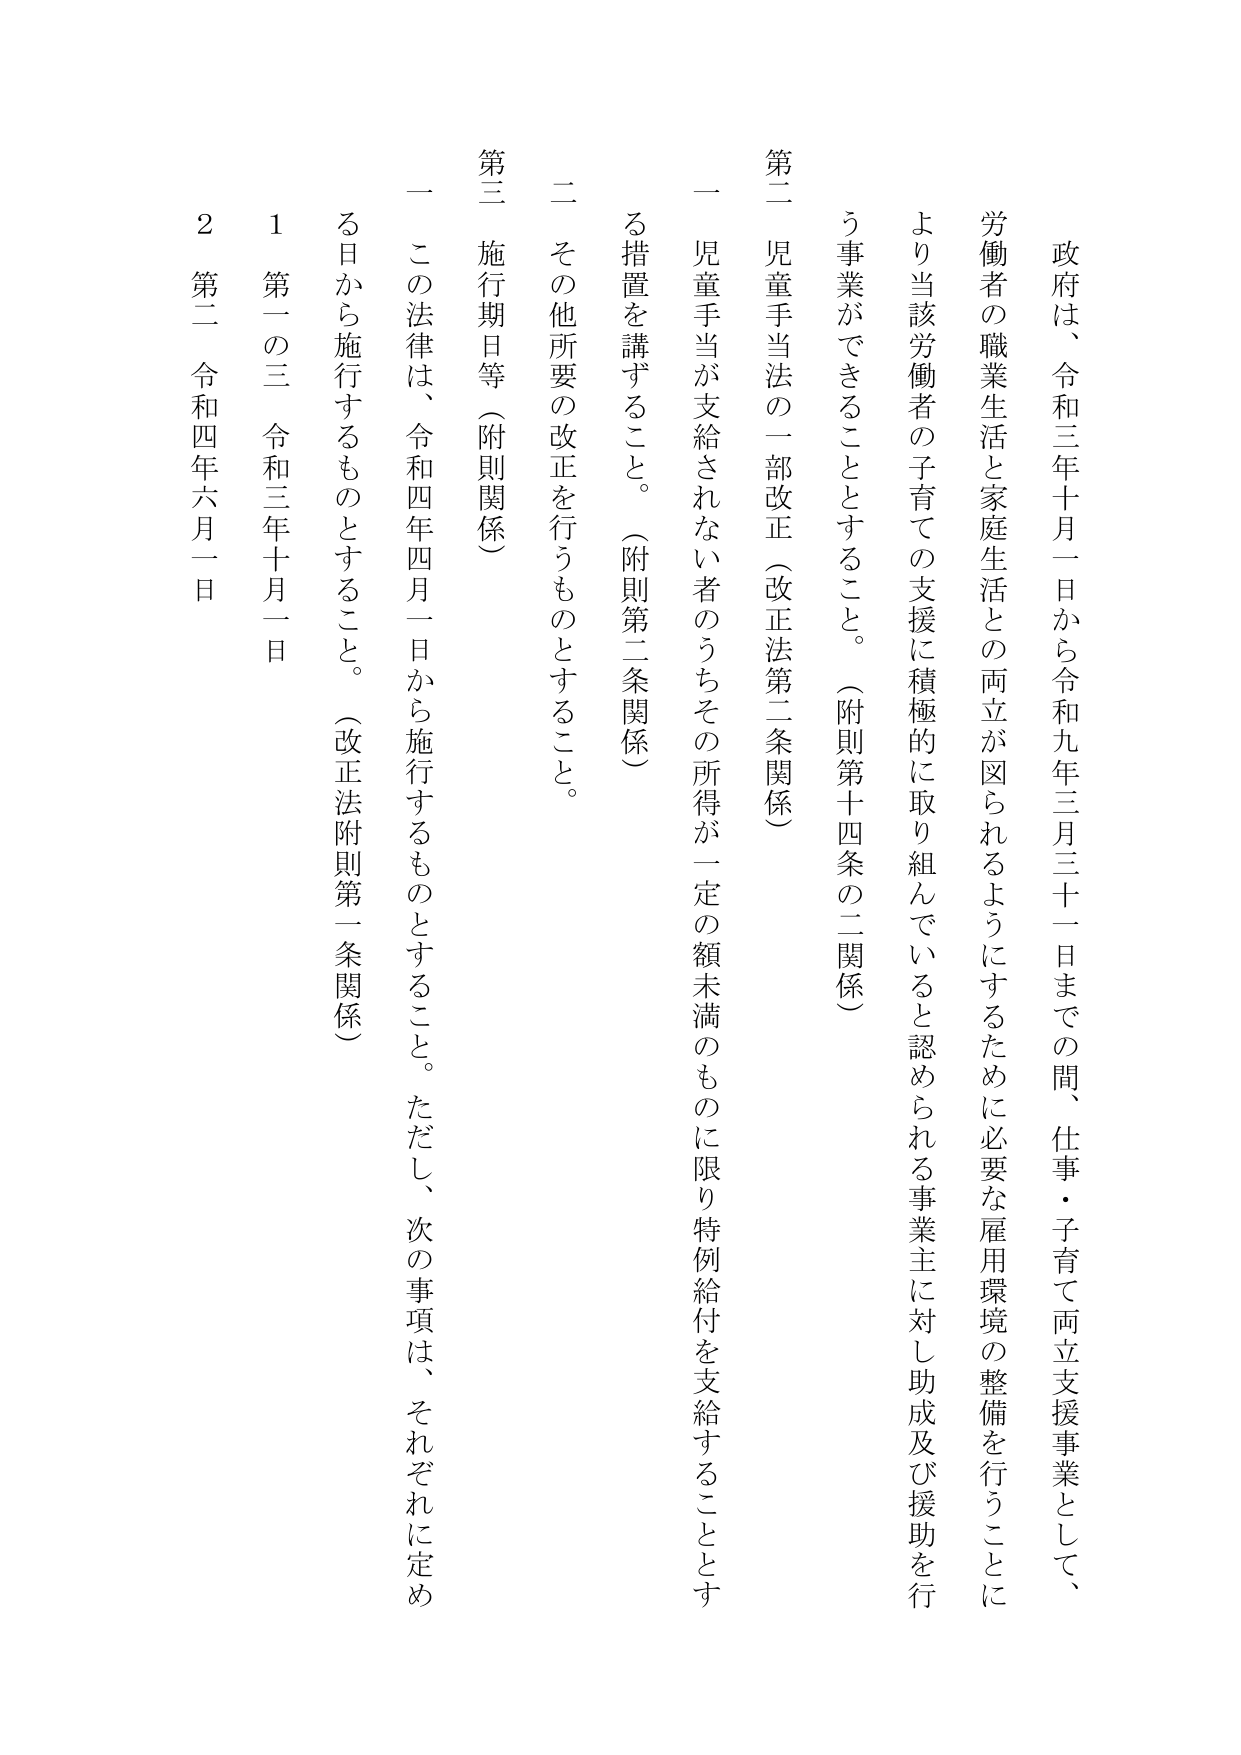
政府は、令和三年十月一日から令和九年三月三十一日までの間、仕事・子育て両立支援事業として、労働者の職業生活と家庭生活との両立が図られるようにするため、必要な雇用環境の整備を行うことにより当該労働者の子育ての支援に積極的に取り組んでいると認められる事業主に対し助成及び援助を行う事業ができることとすること。（附則第十四条の二関係）

第二 児童手当法の一部改正（改正法第二条関係）
一 児童手当が支給されない者のうちその所得が一定の額未満のものに限り特例給付を支給することとする措置を講ずること。（附則第二条関係）
二 その他所要の改正を行うものとすること。

第三 施行期日等（附則関係）
一 この法律は、令和四年四月一日から施行するものとすること。ただし、次の事項は、それぞれに定める日から施行するものとすること。（改正法附則第一条関係）
1 第一の三 令和三年十月一日
2 第二 令和四年六月一日